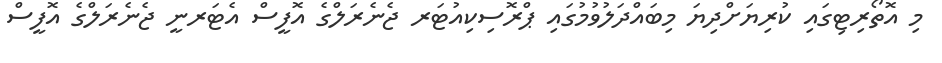
މި އޮތޯރިޓިގައި ކުރިޔަށްދިޔަ މިބައްދަލުވުމުގައި ޕްރޮސިކިއުޓަރ ޖެނެރަލްގެ އޮފީސް އެޓަރނީ ޖެނެރަލްގެ އޮފީސް